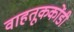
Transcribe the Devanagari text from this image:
वाहतूककोंडी